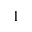
^ { 1 }